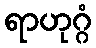
ရာဟုဂ္ဂံ